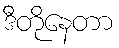
ဒီတိုနေတာ